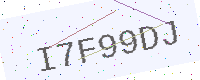
Text: I7F99DJ